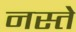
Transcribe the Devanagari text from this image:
नस्ते